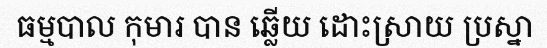
ធម្មបាល កុមារ បាន ឆ្លើយ ដោះស្រាយ ប្រស្នា